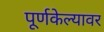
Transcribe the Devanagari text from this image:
पूर्णकेल्यावर